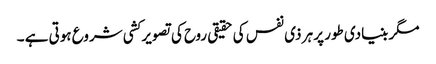
مگر بنیادی طور پر ہر ذی نفس کی حقیقی روح کی تصویر کشی شروع ہوتی ہے ۔